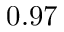
0 . 9 7